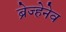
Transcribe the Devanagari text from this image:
ब्रेज्हेनेव